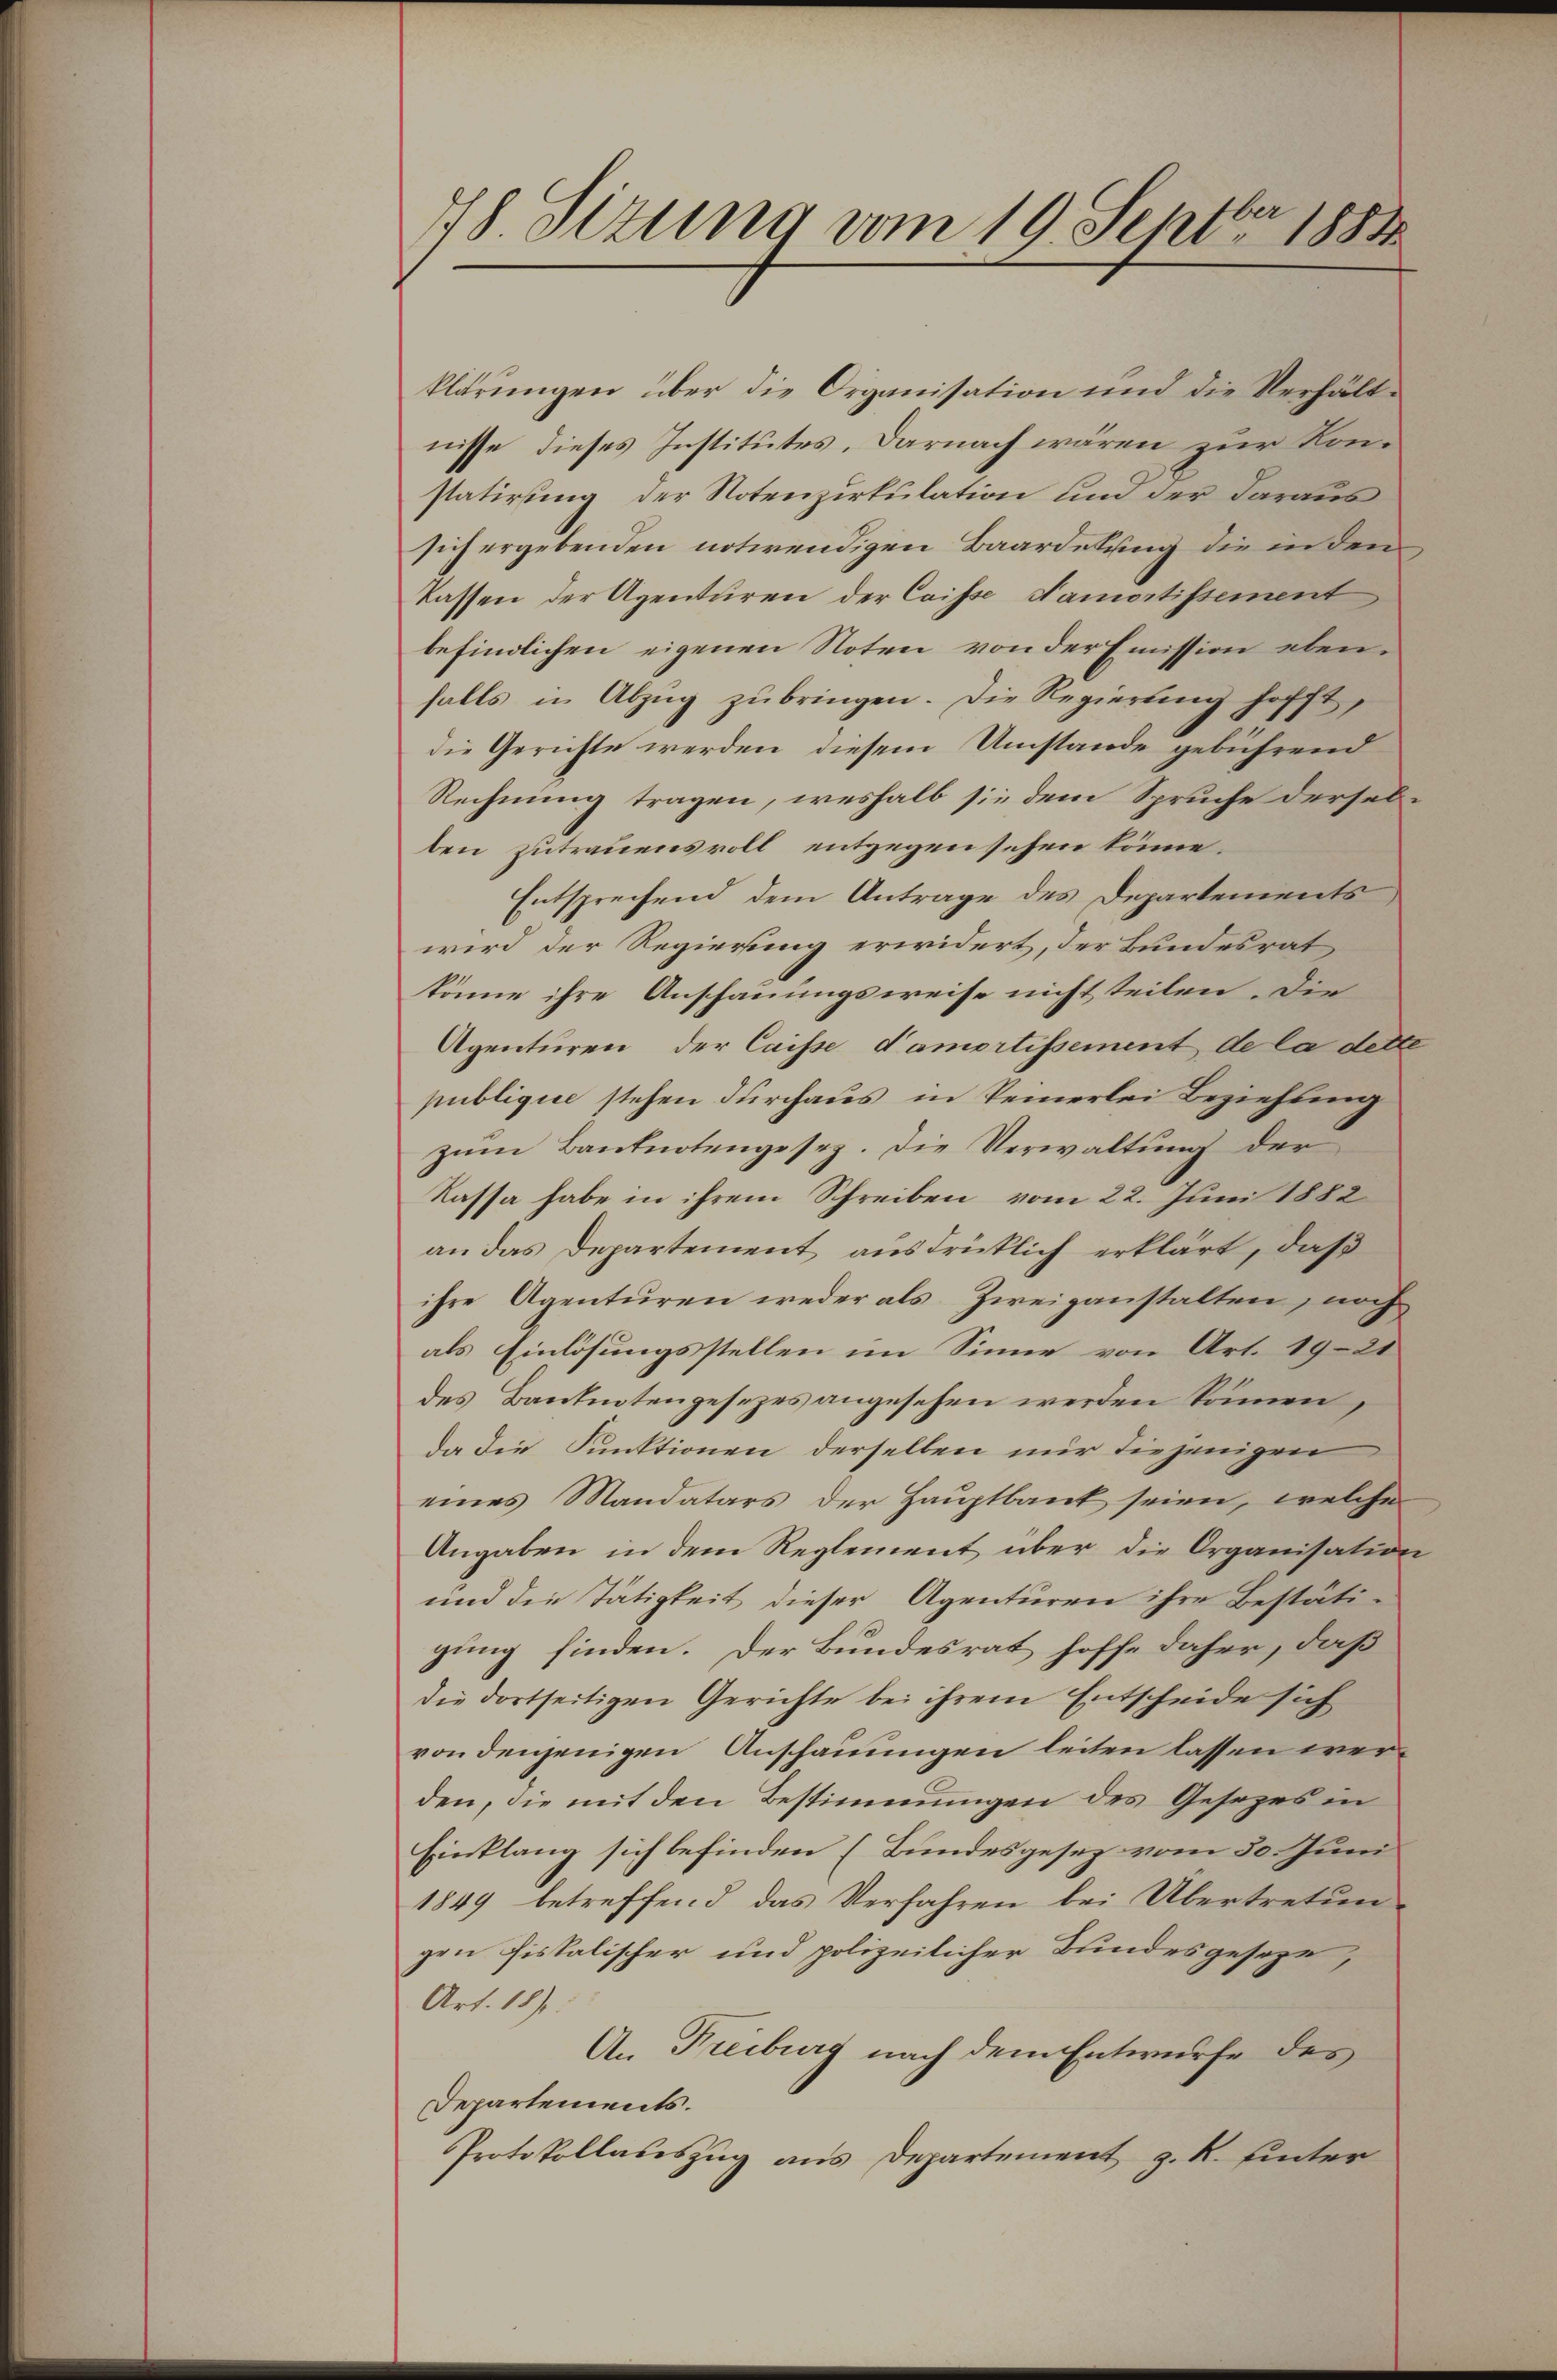
78. Sitzung vom 19. Septbr. 1888

klärungen über die Organisation und die Verhältnisse dieses Institutes. Darnach wären zur Konstatirung der Notenzirkulation und der daraus
sich ergebenden notwendigen Baardelung die in den
Kassen der Agenturen der Caisse Namortissement
befindlichen eigenen Noten von der Emission ebenfalls in Abzŭg zŭ bringen. Die Regierŭng hofft,
die Gerichte werden, diesem Umstände gebührend
Rechnung tragen, weshalb sie dem Spruche derselben zutrauensvoll entgegen sehen könne.
Entsprechend dem Antrage des Departements
wird der Regierung erwidert, der Bundesrat
könne ihre Anschauungsweise nicht teilen. Die
Agenturen der Caisse d’amortissement de la dette
publique stehen durchaus, in keinerlei Beziehung
zum Banknotengesez. Die Verwaltung der
Kassa habe in ihrem Schreiben vom 22. Juni 1882
an das Departement ausdrücklich erklärt, daß
ihre Agenturen weder als Zweiganstalten, noch
als Einlösungsstellen im Sinne von Art. 1921
des Banknotengesezes angesehen werden können,
da die Funktionen derselben nur diejenigen
eines Mandatars der Hauptbaut seien, welche
Angaben in dem Reglement über die Organisation
und die Tätigkeit dieser Agenturen ihre Bestäti-
gung finden. Der Bundesrat hoffe daher, daß
die dortseitigen Gerichte bei ihrem Entscheide sich
von denjenigen Anschauungen leiten lassen werden, die mit den Bestimmungen des Gesezes in
Einklang sich befinden (Bundesgesez vom 30. Juni
1849 betreffend das Verfahren bei Übertretun-
gen fiskalischer und polizeilicher Bundesgeseze,
Art. 18).
An Freiburg nach dem Entwurfe des
Departements.
Protokollauszug aus Departement z. R. hinter